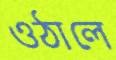
ওঠালে